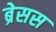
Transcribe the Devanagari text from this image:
ब्रेसस